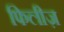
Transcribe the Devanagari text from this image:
फिलीज़